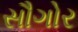
સૌગોર